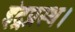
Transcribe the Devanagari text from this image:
इंद्रप्रस्थ।